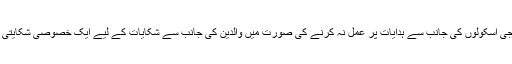
صوبائی حکومت نے نجی اسکولوں کی جانب سے ہدایات پر عمل نہ کرنے کی صورت میں والدین کی جانب سے شکایات کے لیے ایک خصوصی شکایتی سیل بھی تشکیل دیا تھا۔